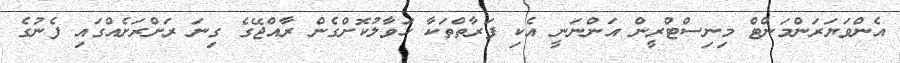
އެންވަޔަރަންމަންޓް މިނިސްޓްރީން އަންނަނީ އެކި ފަރާތްތަކާ ހަވާލުކޮށްގެން ރާއްޖޭގެ ގިނަ ރަށްރަށެއްގައި ފެނުގެ